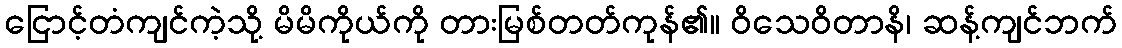
ငြောင့်တံကျင်ကဲ့သို့ မိမိကိုယ်ကို တားမြစ်တတ်ကုန်၏။ ဝိသေဝိတာနိ၊ ဆန့်ကျင်ဘက်